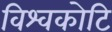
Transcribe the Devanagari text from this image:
विश्वकोटि